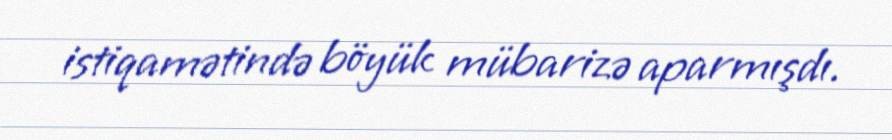
istiqamətində böyük mübarizə aparmışdı.